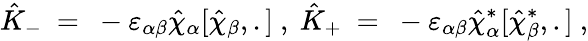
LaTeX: {\hat{K}}_{-}\ =\ -\varepsilon_{\alpha\beta}{\hat{\chi}}_{\alpha}[{\hat{\chi}}_{\beta},.]\ ,\ {\hat{K}}_{+}\ =\ -\varepsilon_{\alpha\beta}{\hat{\chi}}_{\alpha}^{*}[{\hat{\chi}}_{\beta}^{*},.]\ ,